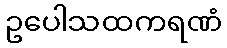
ဥပေါသထကရဏံ